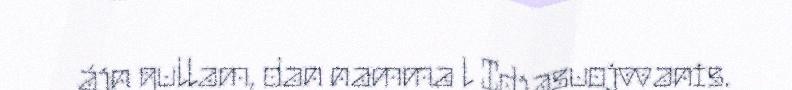
ájn gullam, dan namma l Idjasuojvvanis.